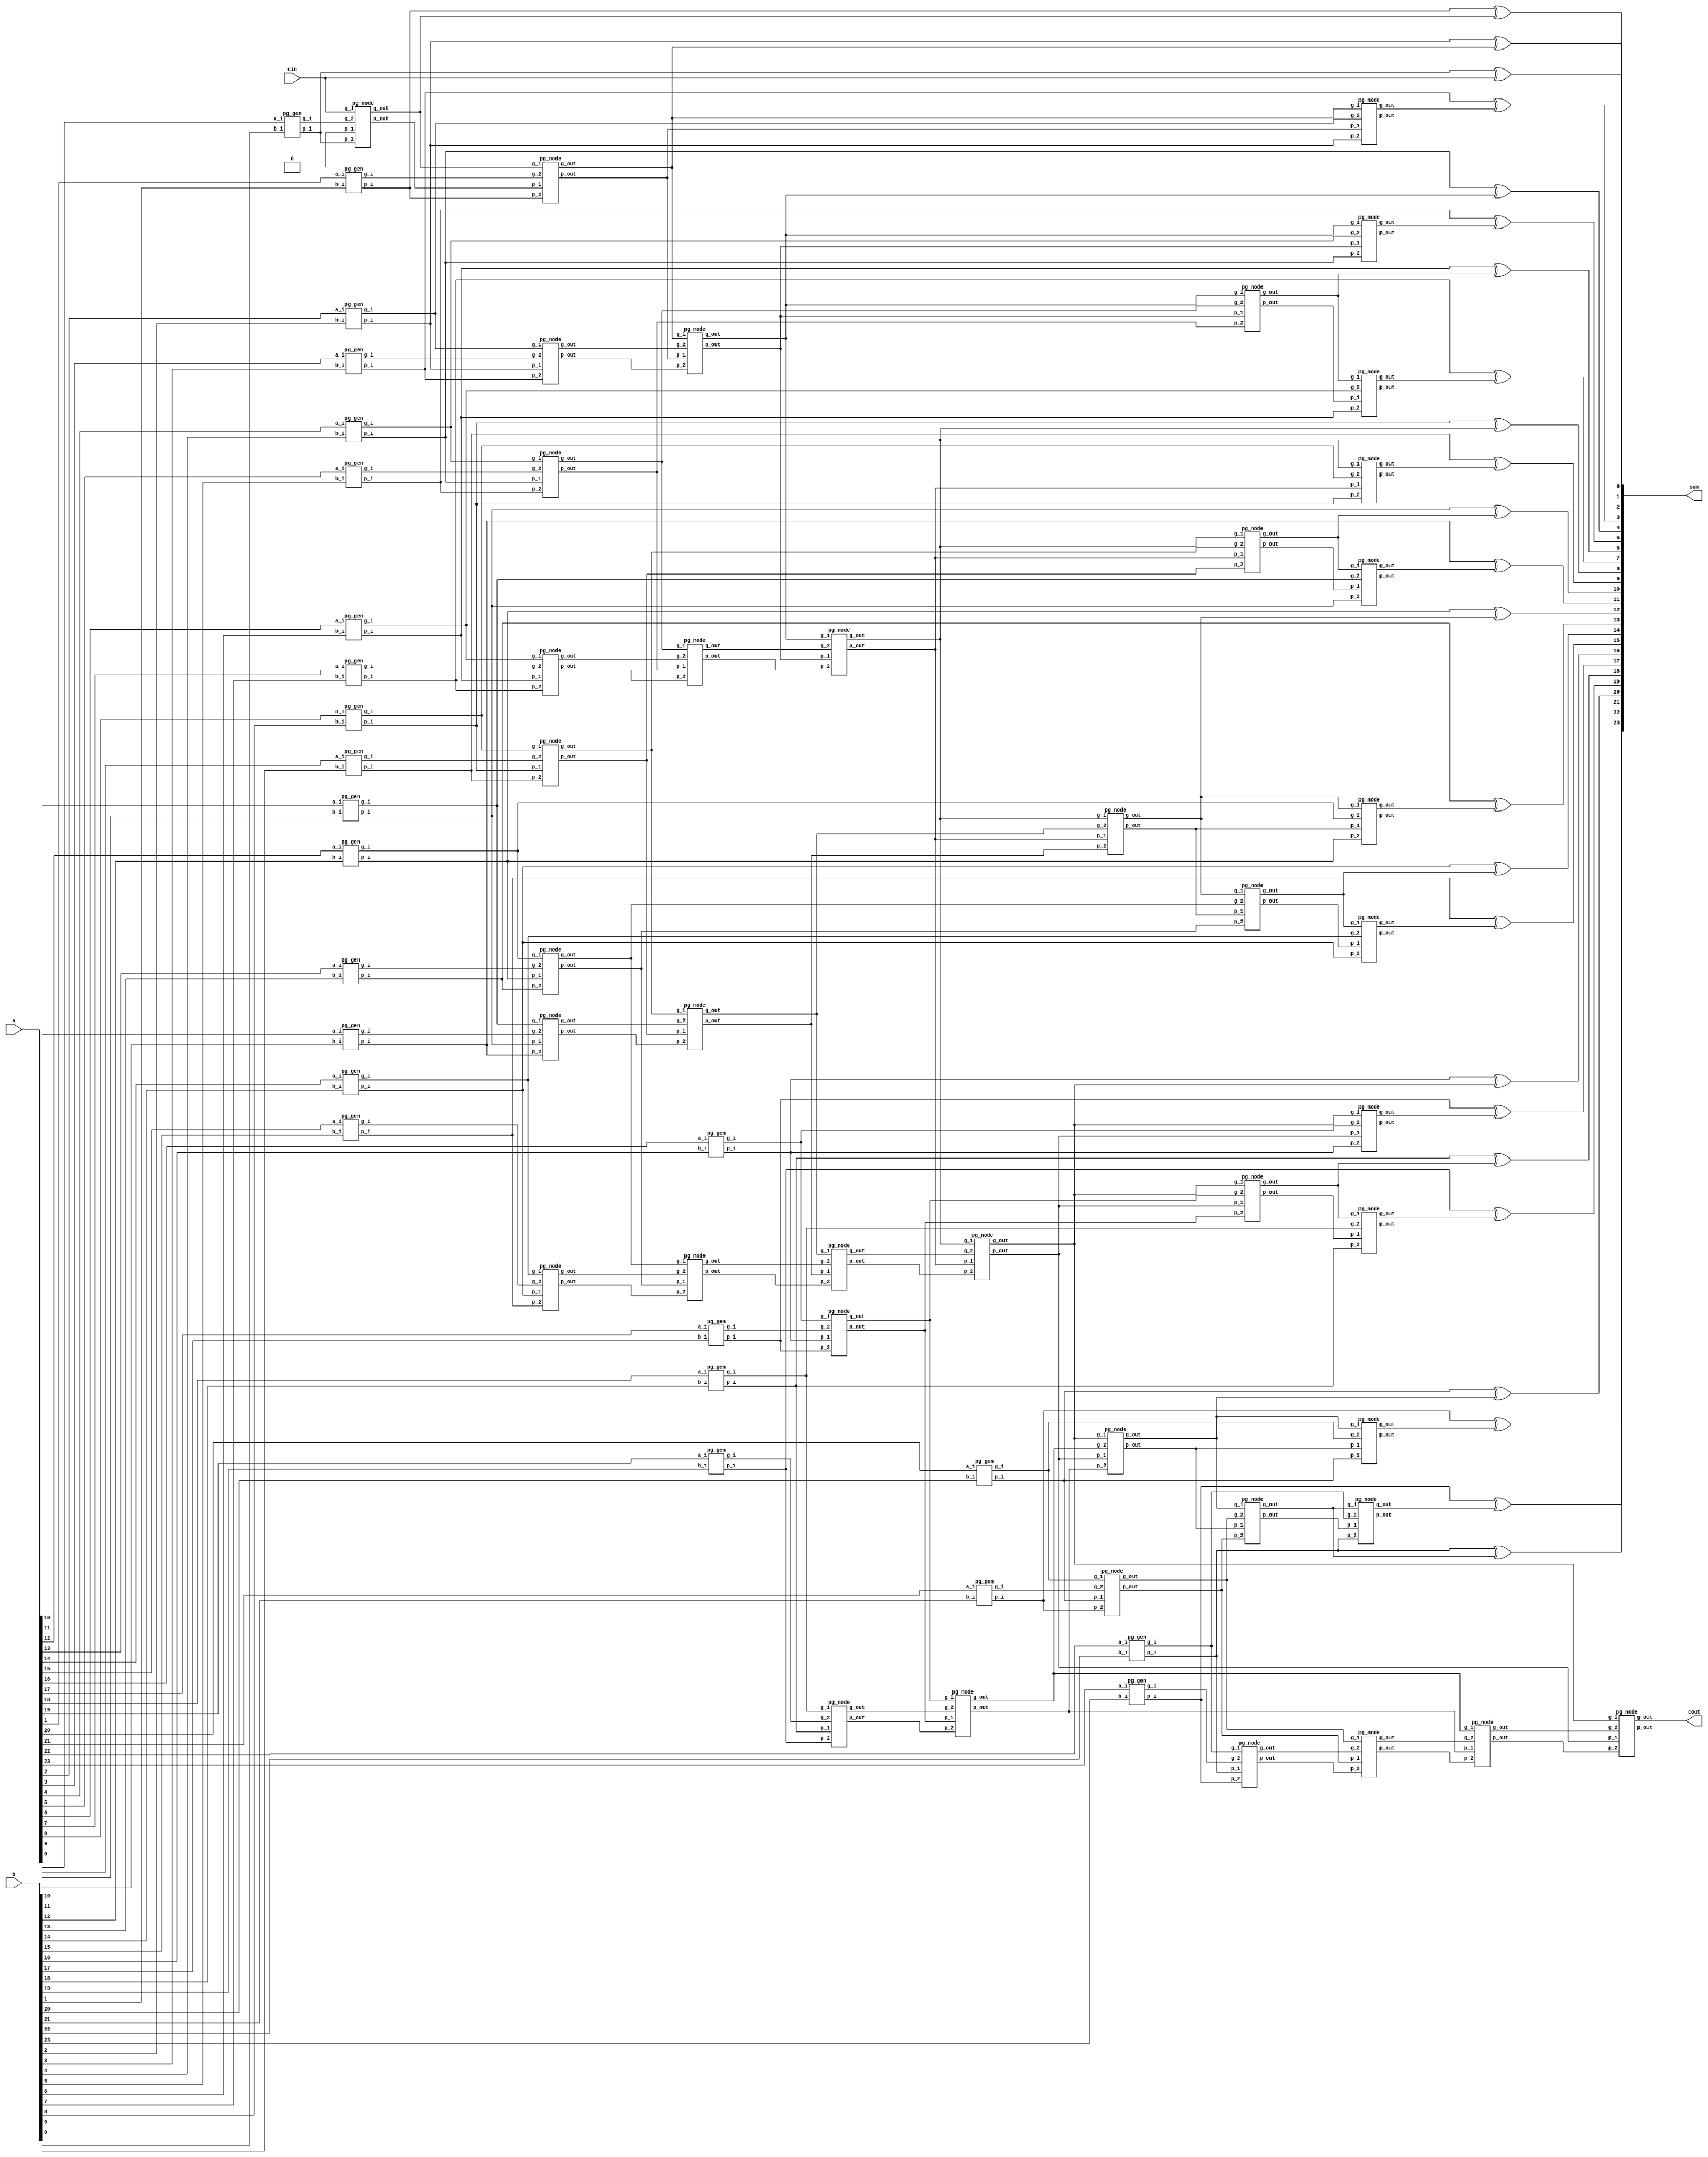
module bk_adder_24bit (
    input  wire [23:0] a   ,
    input  wire [23:0] b   ,
    input  wire        cin ,
    output wire [23:0] sum ,
    output wire        cout
);
    
    wire p_cin;
    wire g_cin;
    wire p0_init;
    wire g0_init;

    wire [23:0] p;
    wire [23:0] g;

    wire [11:0] p_level1;
    wire [11:0] g_level1;

    wire [5:0] p_level2;
    wire [5:0] g_level2;

    wire [2:0] p_level3;
    wire [2:0] g_level3;

    wire p_level4;
    wire g_level4;

    wire p_level5;
    wire g_level5;

    wire [1:0] p_level6;
    wire [1:0] g_level6;

    wire [4:0] p_level7;
    wire [4:0] g_level7;

    wire [10:0] p_level8;
    wire [10:0] g_level8;

// generator P[23:0] G[23:0]
    
    
    assign p_cin = 1'b0;
    assign g_cin = cin;

    pg_gen i_pg_gen_0 (
        .a_i(a[0]),
        .b_i(b[0]),
        .p_i(p0_init),
        .g_i(g0_init)
    );

    pg_node i_pg_node_level0 (
        .p_1  (p_cin),
        .g_1  (g_cin),
        .p_2  (p0_init),
        .g_2  (g0_init),
        .p_out(p[0]),
        .g_out(g[0])
    );

    genvar i;
    generate
        for(i=1; i<24; i=i+1) begin
            pg_gen i_pg_gen (
                .a_i(a[i]), 
                .b_i(b[i]), 
                .p_i(p[i]), 
                .g_i(g[i])
            );
        end
    endgenerate

// level1 pg
    generate
        for(i=0; i<12; i=i+1) begin
            pg_node i_pg_node_level1 (
                .p_1(p[i*2]), 
                .g_1(g[i*2]), 
                .p_2(p[i*2 + 1]), 
                .g_2(g[i*2 + 1]), 
                .p_out(p_level1[i]), 
                .g_out(g_level1[i])
            );
 
        end
    endgenerate

// level2 pg
    generate
        for(i=0; i<6; i=i+1) begin
            pg_node i_pg_node_level2 (
                .p_1  (p_level1[i*2]),
                .g_1  (g_level1[i*2]),
                .p_2  (p_level1[i*2 + 1]),
                .g_2  (g_level1[i*2 + 1]),
                .p_out(p_level2[i]),
                .g_out(g_level2[i])
            );
        end
    endgenerate

// level3 pg 
    generate
        for(i=0; i<3; i=i+1) begin
            pg_node i_pg_node_level3 (
                .p_1  (p_level2[i*2]),
                .g_1  (g_level2[i*2]),
                .p_2  (p_level2[i*2 + 1]),
                .g_2  (g_level2[i*2 + 1]),
                .p_out(p_level3[i]),
                .g_out(g_level3[i])
            );
        end
    endgenerate

// level4 pg -> bit 15
    pg_node i_pg_node_level4 (
        .p_1  (p_level3[0]),
        .g_1  (g_level3[0]),
        .p_2  (p_level3[1]),
        .g_2  (g_level3[1]),
        .p_out(p_level4),
        .g_out(g_level4)
    );

// level5 pg -> bit 23
    pg_node i_pg_node_level5 (
        .p_1  (p_level4),
        .g_1  (g_level4),
        .p_2  (p_level3[2]),
        .g_2  (g_level3[2]),
        .p_out(p_level5),
        .g_out(g_level5)
    );

// level6 pg
    wire [1:0] p_level6_in_1;
    wire [1:0] g_level6_in_1;

    assign p_level6_in_1[0] = p_level3[0];
    assign g_level6_in_1[0] = g_level3[0];
    assign p_level6_in_1[1] = p_level4;
    assign g_level6_in_1[1] = g_level4;

    generate
        for(i=0; i<2; i=i+1) begin
            pg_node i_pg_node_level6 (
                .p_1  (p_level6_in_1[i]),
                .g_1  (g_level6_in_1[i]),
                .p_2  (p_level2[i*2+2]), // 2 or 4
                .g_2  (g_level2[i*2+2]), // 2 or 4
                .p_out(p_level6[i]),
                .g_out(g_level6[i])
            );
        end
    endgenerate

// level7 pg
    wire [4:0] p_level7_in_1;
    wire [4:0] g_level7_in_1;

    assign p_level7_in_1[0] = p_level2[0];
    assign g_level7_in_1[0] = g_level2[0];
    assign p_level7_in_1[1] = p_level3[0];
    assign g_level7_in_1[1] = g_level3[0];
    assign p_level7_in_1[2] = p_level6[0];
    assign g_level7_in_1[2] = g_level6[0];
    assign p_level7_in_1[3] = p_level4;
    assign g_level7_in_1[3] = g_level4;
    assign p_level7_in_1[4] = p_level6[1];
    assign g_level7_in_1[4] = g_level6[1];

    generate
        for(i=0; i<5; i=i+1) begin
            pg_node i_pg_node_level7 (
                .p_1  (p_level7_in_1[i]),
                .g_1  (g_level7_in_1[i]),
                .p_2  (p_level1[i*2 + 2]), // level1 2/4/6/8/10
                .g_2  (g_level1[i*2 + 2]),
                .p_out(p_level7[i]),
                .g_out(g_level7[i])
            );
        end
    endgenerate

// level8 pg
    wire [10:0] p_level8_in_1;
    wire [10:0] g_level8_in_1;

    assign p_level8_in_1[0] = p_level1[0];
    assign g_level8_in_1[0] = g_level1[0];
    assign p_level8_in_1[1] = p_level2[0];
    assign g_level8_in_1[1] = g_level2[0];
    assign p_level8_in_1[2] = p_level7[0];
    assign g_level8_in_1[2] = g_level7[0];
    assign p_level8_in_1[3] = p_level3[0];
    assign g_level8_in_1[3] = g_level3[0];
    assign p_level8_in_1[4] = p_level7[1];
    assign g_level8_in_1[4] = g_level7[1];
    assign p_level8_in_1[5] = p_level6[0];
    assign g_level8_in_1[5] = g_level6[0];
    assign p_level8_in_1[6] = p_level7[2];
    assign g_level8_in_1[6] = g_level7[2];
    assign p_level8_in_1[7] = p_level4;
    assign g_level8_in_1[7] = g_level4;
    assign p_level8_in_1[8] = p_level7[3];
    assign g_level8_in_1[8] = g_level7[3];
    assign p_level8_in_1[9] = p_level6[1];
    assign g_level8_in_1[9] = g_level6[1];
    assign p_level8_in_1[10] = p_level7[4];
    assign g_level8_in_1[10] = g_level7[4];

    generate
        for(i=0; i<11; i=i+1) begin
            pg_node i_pg_node_level8 (
                .p_1  (p_level8_in_1[i]),
                .g_1  (g_level8_in_1[i]),
                .p_2  (p[i*2 + 2]), // p 2/4/6/8/10/12/14/16/18/20/22
                .g_2  (g[i*2 + 2]),
                .p_out(p_level8[i]),
                .g_out(g_level8[i])
            );
        end
    endgenerate


// Sum and Cout generate
    wire [23:0] p_end;
    wire [23:0] g_end;
    wire [23:0] c_i;

    generate
        for(i=0; i<11; i=i+1) begin
            assign p_end[i*2 + 2] = p_level8[i];
            assign g_end[i*2 + 2] = g_level8[i];
        end
        for(i=0; i<5; i=i+1) begin
            assign p_end[i*4 + 5] = p_level7[i];
            assign g_end[i*4 + 5] = g_level7[i];
        end
        for(i=0; i<2; i=i+1) begin
            assign p_end[i*8 + 11] = p_level6[i];
            assign g_end[i*8 + 11] = g_level6[i];
        end
    endgenerate

    assign p_end[23] = p_level5;
    assign g_end[23] = g_level5;
    
    assign p_end[15] = p_level4;
    assign g_end[15] = g_level4;

    assign p_end[7] = p_level3[0];
    assign g_end[7] = g_level3[0];

    assign p_end[3] = p_level2[0];
    assign g_end[3] = g_level2[0];

    assign p_end[1] = p_level1[0];
    assign g_end[1] = g_level1[0];

    assign p_end[0] = p[0];
    assign g_end[0] = g[0];

// c[i] = G[i]
     assign c_i[23:0] = g_end[23:0];

    assign sum[0] = p0_init ^ cin;

    generate
        for(i=1; i<24; i=i+1) begin
            assign sum[i] = p[i] ^ c_i[i-1];
        end
    endgenerate

    assign cout = c_i[23];

endmodule


// pg_gen module for generate p & g by original input number A & B
module pg_gen (
    input wire a_i,
    input wire b_i,
    output wire p_i,
    output wire g_i
);

    assign p_i = a_i ^ b_i;
    assign g_i = a_i & b_i;

endmodule

// pg_node module for p' & g' merge with p'' & g'' to generate p & g of next level
module pg_node (
    input  wire p_1  ,
    input  wire g_1  ,
    input  wire p_2  ,
    input  wire g_2  ,
    output wire p_out,
    output wire g_out
);

    assign p_out = p_2 & p_1;
    assign g_out = g_2 | (g_1 & p_2);


endmodule